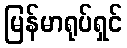
မြန်မာရုပ်ရှင်